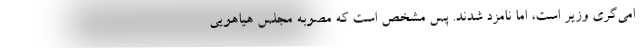
امی‌گری وزیر است، اما نامزد شدند. پس مشخص است که مصوبه مجلس هیاهویی